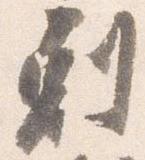
剋